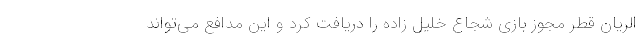
الریان قطر مجوز بازی شجاع خلیل زاده را دریافت کرد و این مدافع می‌تواند